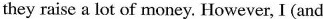
they raise a lot of money. However, I(and